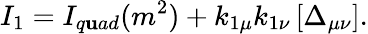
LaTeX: I_{1}=I_{q\mathbf{u}ad}(m^{2})+k_{1\mu}k_{1\nu}\left[\Delta_{\mu\nu}\right].